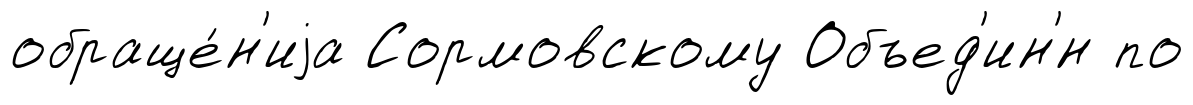
обраще́н'иjа Сормовскому Объед'ин'́н по